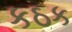
કઠક